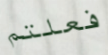
فعلتم